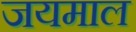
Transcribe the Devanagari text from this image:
जयमाल